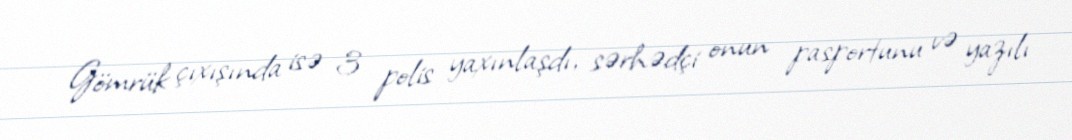
Gömrük çıxışında isə 3 polis yaxınlaşdı, sərhədçi onun pasportunu və yazılı